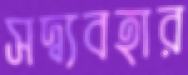
সদ্ব্যবহার